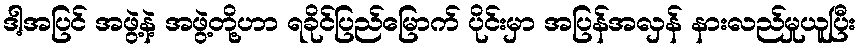
ဒါ့အပြင် အဖွဲ့နဲ့ အဖွဲ့တို့ဟာ ရခိုင်ပြည်မြောက် ပိုင်းမှာ အပြန်အလှန် နားလည်မှုယူပြီး